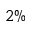
2 \%